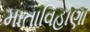
માતાવિહોણા